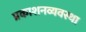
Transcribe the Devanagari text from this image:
प्रकाशनव्यवस्था